system: You are a helpful assistant.
user:
Analyze the provided spectrum to determine if it is a **Carbon Star (C-type)**.

- **Key Visual Indicators of Carbon Star:**
    - **(Primary):** Strong molecular absorption from **C₂ (diatomic carbon) "Swan Bands."** This is the **defining feature** of a carbon star.
        - **(Key Bandheads):** Sharp absorption edges are visible at approximately $5635$ Å, $5165$ Å (the strongest band), and $4737$ Å.
        - **(Line Profile):** Creates a distinct **"saw-tooth"** pattern. The key morphology is a sharp, steep bandhead on the **red (long-wavelength) side**, which then gradually tapers off (i.e., flux recovers) towards the **blue (short-wavelength) side**. *(This is the direct opposite of the TiO bands seen in M-type stars)*.

    - **(Secondary):** Intense **CN (cyanogen)** molecular absorption bands.
        - **(Key Bandheads):** Located in the blue and violet regions of the spectrum (e.g., near $4215$ Å and $3883$ Å).
        - **(Morphology):** These bands are extremely broad and act as a "blanket," absorbing the vast majority of blue and violet light. This creates a characteristic **"cliff"** or **"steep drop-off"** in the spectrum's flux at short wavelengths.

    - **(Key Confirmation):** Strong **CH absorption band (G-band)**.
        - **(Key Bandhead):** Located around $4300$ Å. The contribution from CH molecules to this band is exceptionally strong.

    - **(Overall Spectrum):**
        - The continuum is severely "chopped up" by these deep molecular bands, especially C₂, rather than appearing as a smooth curve.
        - Due to the heavy CN and C₂ absorption in the blue-green, the vast majority of the star's flux is concentrated in the red part of the spectrum, giving the star its characteristic deep red color.

Think first, call **spectral_visualization_tool** if needed to examine features in detail, then provide your final answer. Your response must adhere to the following strict rules:
1.  **Overall Structure:** Your response must follow the format `<think>...</think> <tool_call>...</tool_call> (if a tool is used) <answer>...</answer>`.
2.  **Tool Usage Constraint:** You may only make **one** tool call per turn.
3.  **Final Answer Format:** In the `<answer>` tag, your conclusion must be inside a `\boxed{}` command (e.g., `\boxed{YES}`), followed by your justification.

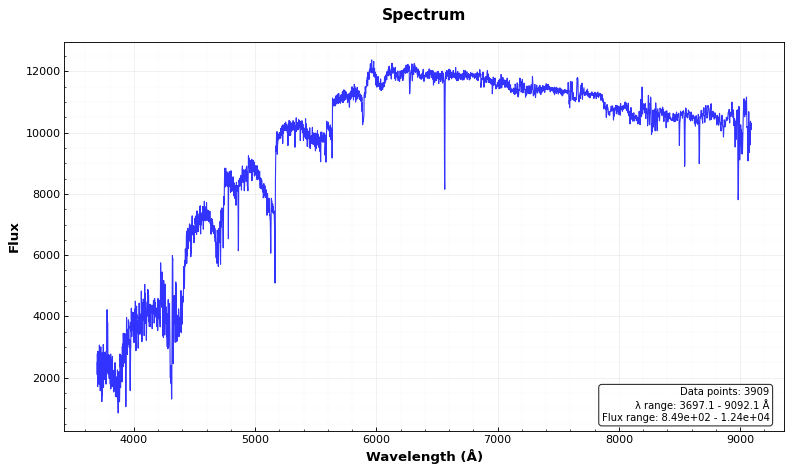
Answer: YES